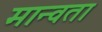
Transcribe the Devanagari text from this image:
मान्वता